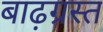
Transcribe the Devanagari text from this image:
बाढ़ग्रस्‍त